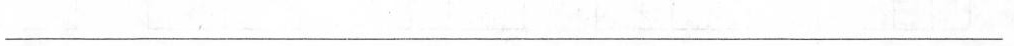
___